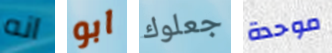
انه ابو جعلوك موحدة